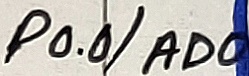
Text: P0.0/AD0